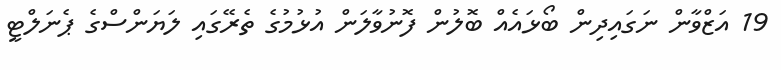
19 އަޒްވާން ނަަގައިދިން ބޯޅައެއް ބޮލުން ފޮނުވާލަން އުޅުމުގެ ތެރޭގައި ލަޔަންސްގެ ޕެނަލްޓީ